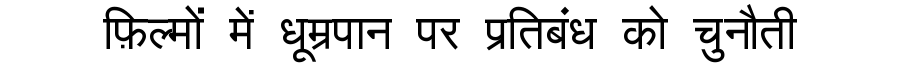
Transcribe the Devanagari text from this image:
फ़िल्मों में धूम्रपान पर प्रतिबंध को चुनौती